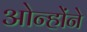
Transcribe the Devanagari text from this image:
ओन्होंने